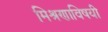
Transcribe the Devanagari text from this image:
मिश्रणाविषयी